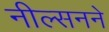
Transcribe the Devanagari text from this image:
नील्सनने